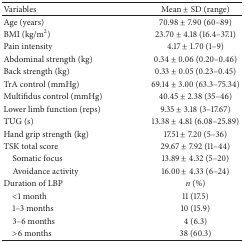
<table><thead><tr><td><b>Variables</b></td><td><b>Mean ± SD (range)</b></td></tr></thead><tbody><tr><td>Age (years)</td><td> 70.98 ± 7.90 (60–89)</td></tr><tr><td>BMI (kg/m<sup>2</sup>)</td><td>23.70 ± 4.18 (16.4–37.1)</td></tr><tr><td>Pain intensity</td><td> 4.17 ± 1.70 (1–9)</td></tr><tr><td>Abdominal strength (kg)</td><td>0.34 ± 0.06 (0.20–0.46)</td></tr><tr><td>Back strength (kg)</td><td>0.33 ± 0.05 (0.23–0.45)</td></tr><tr><td>TrA control (mmHg)</td><td>69.14 ± 3.00 (63.3–75.34)</td></tr><tr><td>Multifidus control (mmHg)</td><td>40.45 ± 2.38 (35–46)</td></tr><tr><td>Lower limb function (reps)</td><td>9.35 ± 3.18 (3–17.67)</td></tr><tr><td>TUG (s)</td><td>13.38 ± 4.81 (6.08–25.89)</td></tr><tr><td>Hand grip strength (kg)</td><td>17.51 ± 7.20 (5–36)</td></tr><tr><td>TSK total score</td><td>29.67 ± 7.92 (11–44)</td></tr><tr><td> Somatic focus</td><td>13.89 ± 4.32 (5–20)</td></tr><tr><td> Avoidance activity</td><td>16.00 ± 4.33 (6–24)</td></tr><tr><td>Duration of LBP</td><td><i>n</i> (%)</td></tr><tr><td> &lt;1 month</td><td>11 (17.5)</td></tr><tr><td> 1–3 months</td><td>10 (15.9)</td></tr><tr><td> 3–6 months</td><td>4 (6.3)</td></tr><tr><td> &gt;6 months</td><td>38 (60.3)</td></tr></tbody></table>